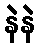
နဲနဲ